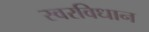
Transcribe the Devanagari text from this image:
स्वरविधान